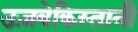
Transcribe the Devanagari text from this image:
उज़बेकिस्तानी